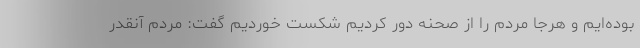
بوده‌ایم و هرجا مردم را از صحنه دور کردیم شکست خوردیم گفت: مردم آنقدر